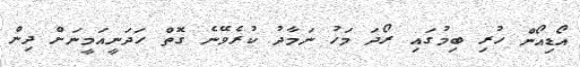
އޯޑިއޯން ހުރި ބިމުގައި ރޯދަ މަހު ނަމާދު ކުރެވޭނެ ގޮތް ހަދަނީއަމީނަށް ދިން